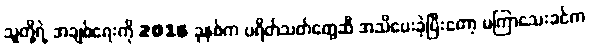
သူတို့ရဲ့ အချစ်ရေးကို 2016 ခုနှစ်က ပရိတ်သတ်တွေဆီ အသိပေးခဲ့ပြီးတော့ မကြာသေးခင်က